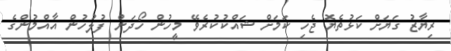
ރިޔާޒު ގަޔަށް ކަޅުތެޔޮ ޖެހި ކަމަށް ޝައްކުކުރެވޭ މީހުން ހޯދަން ފުލުހުން އާއްމުންގެ